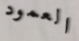
العمود